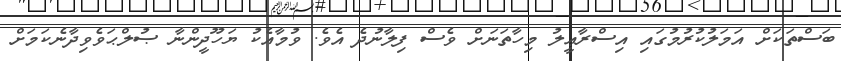
ބަސްތަކަށް އަމަލުކުރުމުގައި އިސްރާޢީލު މިހާތަނަށް ވެސް ފިލާނުދެ އެވެ. ވުމާއެކު ޔަހޫދީންނާ ޞުލްޙަވެވިދާނެކަމަށް